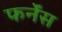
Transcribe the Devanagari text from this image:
फर्नेंस